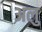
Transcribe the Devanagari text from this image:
अलु